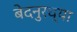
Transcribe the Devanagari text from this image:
बेदनुरच्या